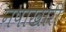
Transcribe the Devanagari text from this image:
नषाखोरी